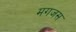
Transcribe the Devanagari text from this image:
मगजस